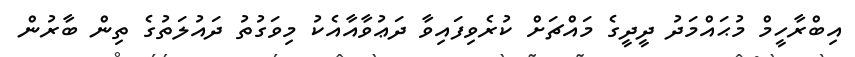
އިބްރާހީމް މުޙައްމަދު ދީދީގެ މައްޗަށް ކުރެވިފައިވާ ދަޢުވާއާއެކު މިވަގުތު ދައުލަތުގެ ތިން ބާރުން